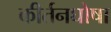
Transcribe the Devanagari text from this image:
कीर्तनघोषा